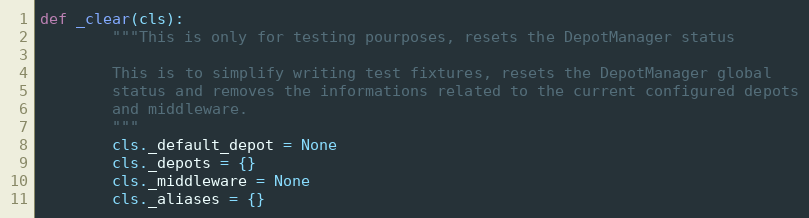
Language: Python
def _clear(cls):
        """This is only for testing pourposes, resets the DepotManager status

        This is to simplify writing test fixtures, resets the DepotManager global
        status and removes the informations related to the current configured depots
        and middleware.
        """
        cls._default_depot = None
        cls._depots = {}
        cls._middleware = None
        cls._aliases = {}